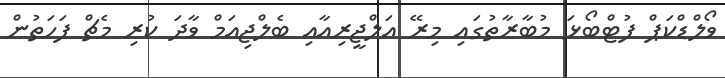
ވޯލްޑްކަޕް ފުޓްބޯޅަ މުބާރާތުގައި މިރޭ އަލްޖީރިއާއި ބެލްޖިއަމް ވާދަ ކުރި މެޗް ފަހަތުން